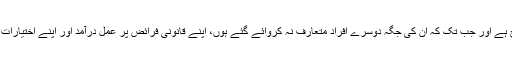
ان کی دوبارہ تقرری بلا حرج ہے اور جب تک کہ ان کی جگہ دوسرے افراد متعارف نہ کروائے گئے ہوں، اپنے قانونی فرائض پر عمل درآمد اور اپنے اختیارات سے استفادہ کرتے رہیں گے۔